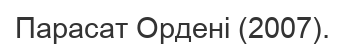
Парасат Ордені (2007).